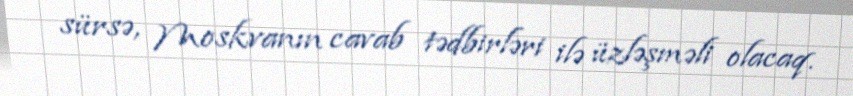
sürsə, Moskvanın cavab tədbirləri ilə üzləşməli olacaq.